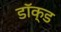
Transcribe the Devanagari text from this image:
डॉक्ड